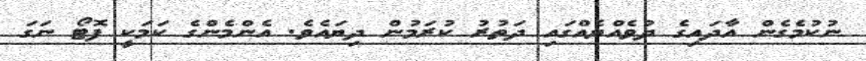
ނުކުމެގެން އާދައިގެ ދުވެއްޔެއްގައި ދަތުރު ކުރަމުން ދިޔައެވެ. އެންމެންގެ ކަމަކީ ފޮޓޯ ނަގަ